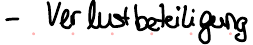
- Verlustbeteiligung